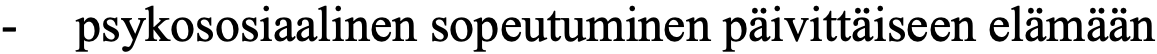
-  psykososiaalinen sopeutuminen päivittäiseen elämään